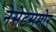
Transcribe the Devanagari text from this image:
नेसेटसमोर